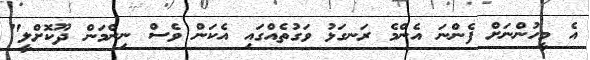
އެ މީހުންނަށް ފެންނަ އެންމެ ރަނގަޅު ވަގުތެއްގައި އެކަން ވެސް ނިންމަން ދޫކޮށްލީ"